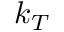
{ { k } _ { T } }